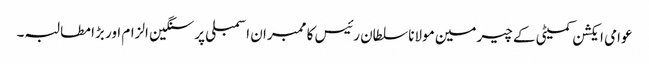
عوامی ایکشن کمیٹی کے چیرمین مولانا سلطان رئیس کا ممبران اسمبلی پر سنگین الزام اور بڑا مطالبہ۔